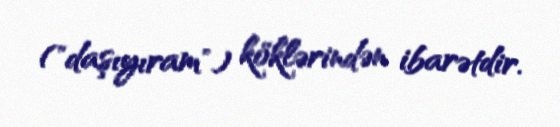
("daşıyıram") köklərindən ibarətdir.